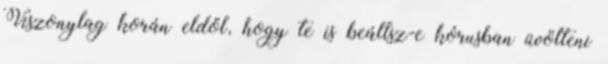
Viszonylag korán eldől, hogy te is beállsz-e kórusban üvölteni